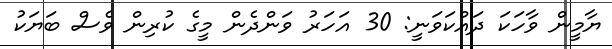
ޔާމީން ވާހަކަ ދައްކަވަނީ: 30 އަހަރު ވަންދެން މީގެ ކުރިން ވެސް ބަޔަކު